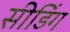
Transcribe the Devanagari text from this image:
सीडिंग